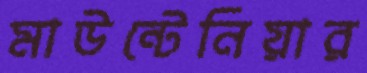
মাউন্টেনিয়ার